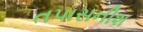
તપાસનીશ